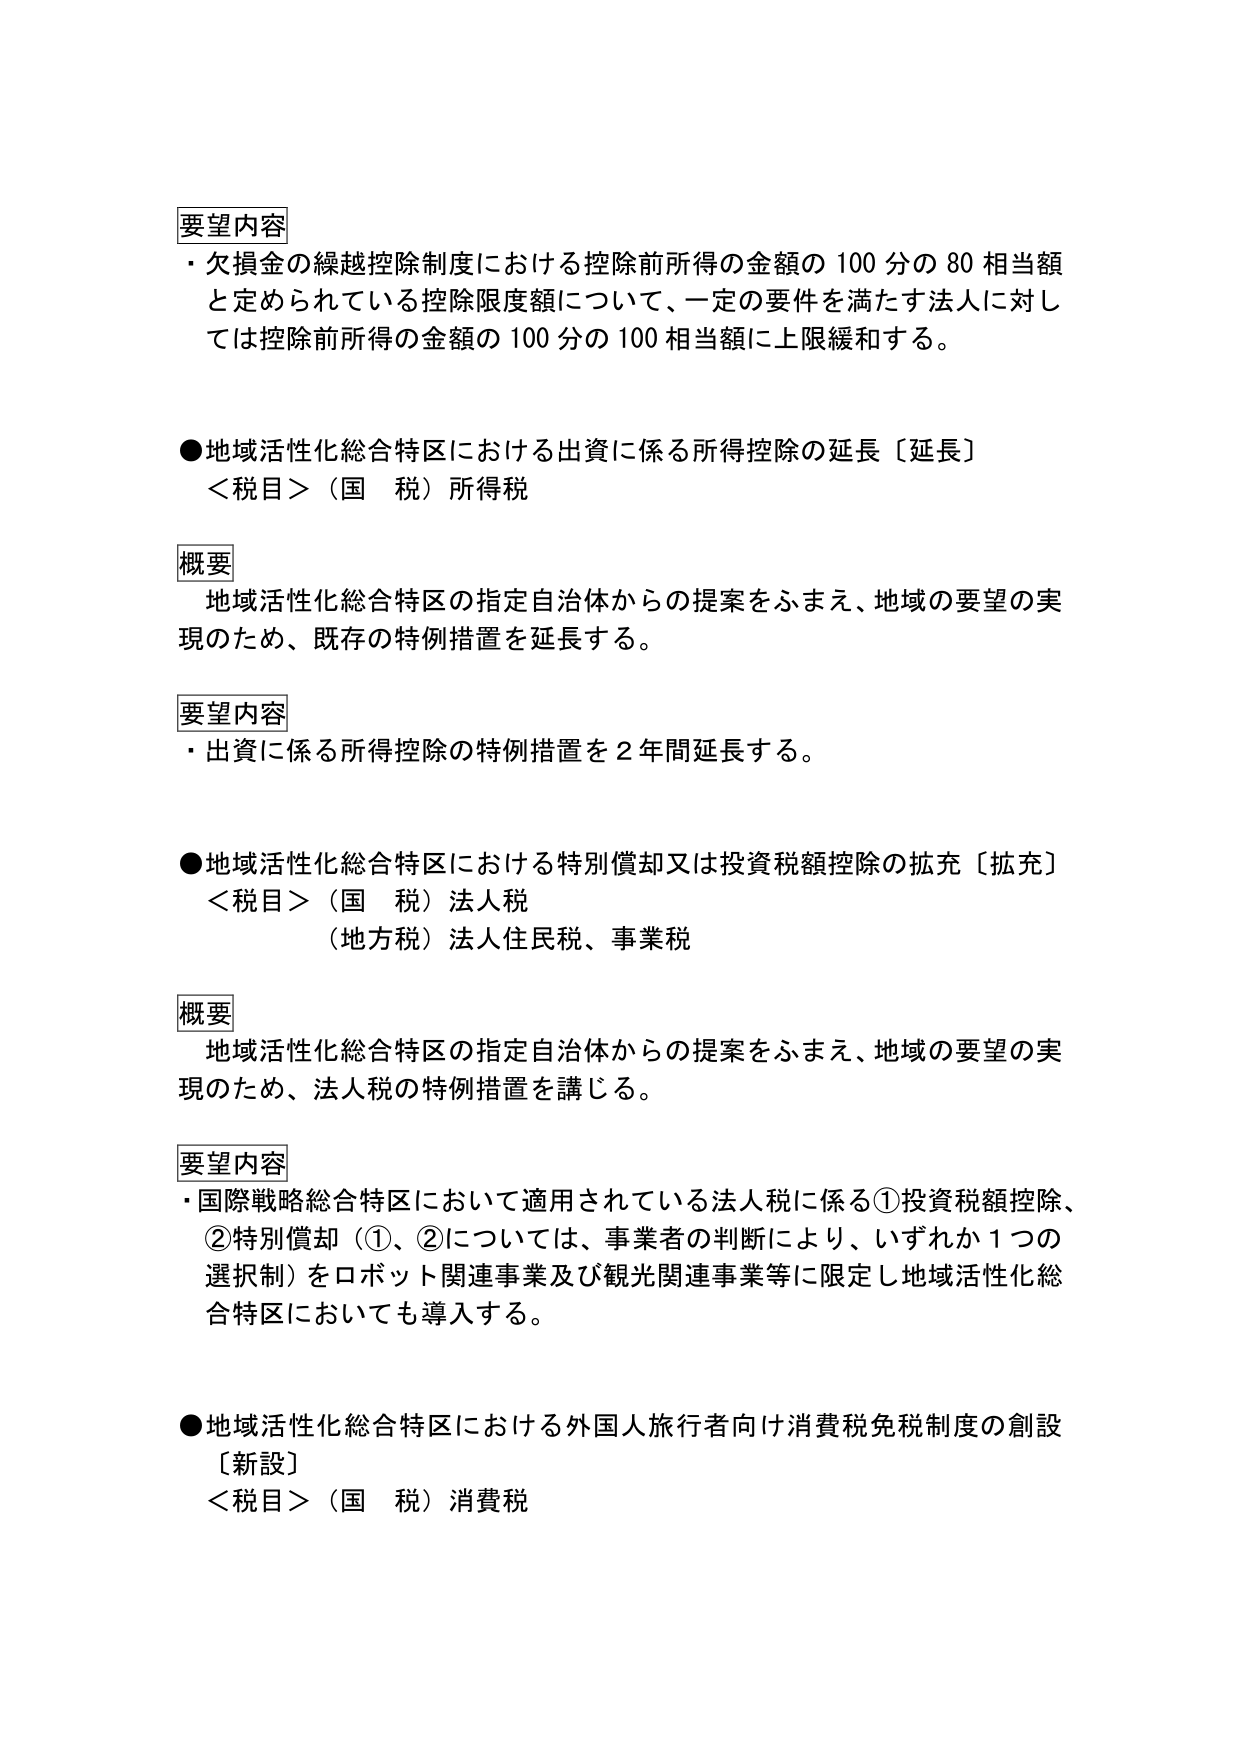
要望内容
・欠損金の繰越控除制度における控除前所得の金額の100分の80相当額
と定められている控除限度額について、一定の要件を満たす法人に対し
ては控除前所得の金額の100分の100相当額に上限緩和する。

●地域活性化総合特区における出資に係る所得控除の延長〔延長〕
＜税目＞（国　税）所得税

概要
地域活性化総合特区の指定自治体からの提案をふまえ、地域の要望の実
現のため、既存の特例措置を延長する。

要望内容
・出資に係る所得控除の特例措置を2年間延長する。

●地域活性化総合特区における特別償却又は投資税額控除の拡充〔拡充〕
＜税目＞（国　税）法人税
（地方税）法人住民税、事業税

概要
地域活性化総合特区の指定自治体からの提案をふまえ、地域の要望の実
現のため、法人税の特例措置を講じる。

要望内容
・国際戦略総合特区において適用されている法人税に係る①投資税額控除、
②特別償却（①、②については、事業者の判断により、いずれか1つの
選択制）をロボット関連事業及び観光関連事業等に限定し地域活性化総
合特区においても導入する。

●地域活性化総合特区における外国人旅行者向け消費税免税制度の創設
〔新設〕
＜税目＞（国　税）消費税